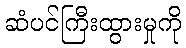
ဆံပင်ကြီးထွားမှုကို